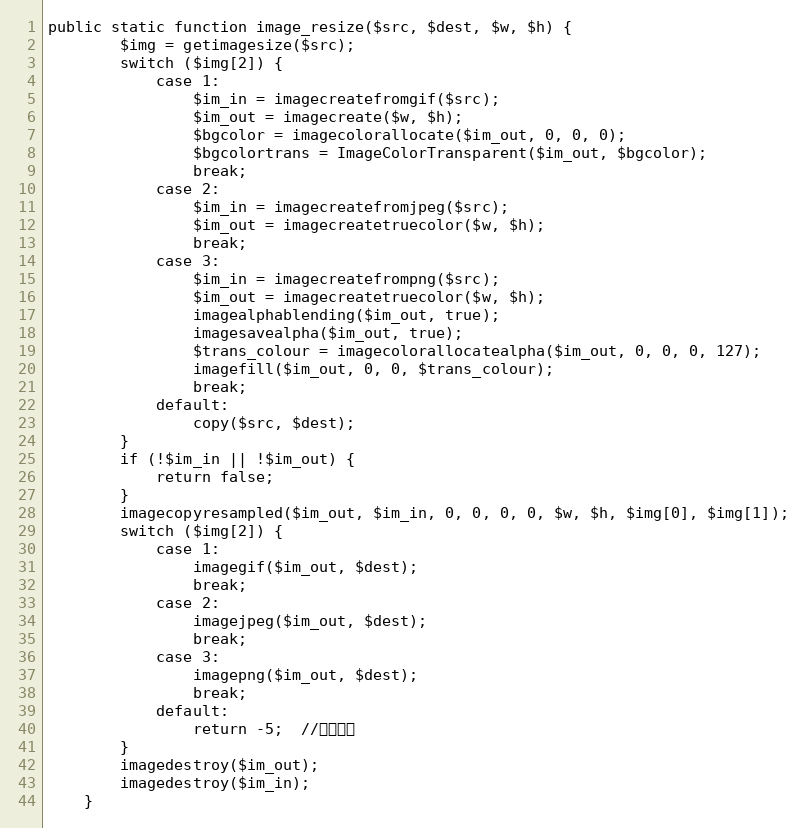
Language: PHP
public static function image_resize($src, $dest, $w, $h) {
        $img = getimagesize($src);
        switch ($img[2]) {
            case 1:
                $im_in = imagecreatefromgif($src);
                $im_out = imagecreate($w, $h);
                $bgcolor = imagecolorallocate($im_out, 0, 0, 0);
                $bgcolortrans = ImageColorTransparent($im_out, $bgcolor);
                break;
            case 2:
                $im_in = imagecreatefromjpeg($src);
                $im_out = imagecreatetruecolor($w, $h);
                break;
            case 3:
                $im_in = imagecreatefrompng($src);
                $im_out = imagecreatetruecolor($w, $h);
                imagealphablending($im_out, true);
                imagesavealpha($im_out, true);
                $trans_colour = imagecolorallocatealpha($im_out, 0, 0, 0, 127);
                imagefill($im_out, 0, 0, $trans_colour);
                break;
            default:
                copy($src, $dest);
        }
        if (!$im_in || !$im_out) {
            return false;
        }
        imagecopyresampled($im_out, $im_in, 0, 0, 0, 0, $w, $h, $img[0], $img[1]);
        switch ($img[2]) {
            case 1:
                imagegif($im_out, $dest);
                break;
            case 2:
                imagejpeg($im_out, $dest);
                break;
            case 3:
                imagepng($im_out, $dest);
                break;
            default:
                return -5;  //保存失败
        }
        imagedestroy($im_out);
        imagedestroy($im_in);
    }